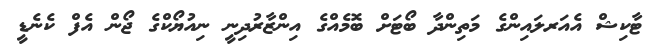
ޓާކިޝް އެއަރލައިންގެ މަތިންދާ ބޯޓަށް ބޮމެއްގެ އިންޒާރުދިނީ ނިއުޔޯކްގެ ޖޯން އެފް ކެނެޑީ